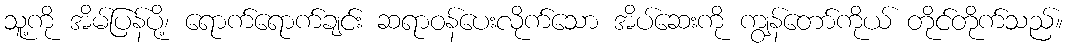
သူ့ကို အိမ်ပြန်ပို့၊ ရောက်ရောက်ချင်း ဆရာဝန်ပေးလိုက်သော အိပ်ဆေးကို ကျွန်တော်ကိုယ် တိုင်တိုက်သည်။